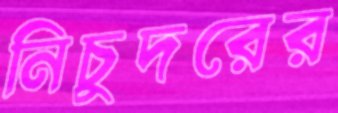
নিচুদরের